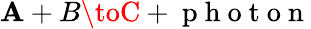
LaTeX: \mathbf{A}+B\toC+\mathrm{{~p~h~o~t~o~n~}}